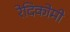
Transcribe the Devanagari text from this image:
रेदिकोमी